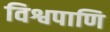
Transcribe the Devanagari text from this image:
विश्वपाणि